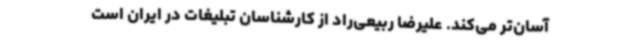
آسان‌تر می‌کند. علیرضا ربیعی‌راد از کارشناسان تبلیغات در ایران است